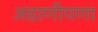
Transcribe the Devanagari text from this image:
अडाणीपणा